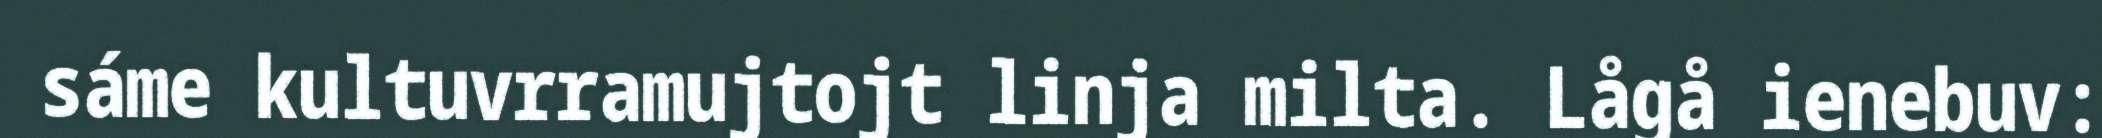
sáme kultuvrramujtojt linja milta. Lågå ienebuv: